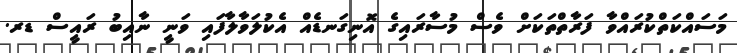
މަސައްކަތްކުރައްވާ ފަރާތްތަކަށް ވެސް މުސާރައިގެ އޮނިގަނޑެއް އެކުލަވާލާފައި ވަނީ ނާއިބު ރައީސް ޑރ.